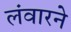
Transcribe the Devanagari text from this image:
लंवारने